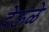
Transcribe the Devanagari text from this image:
देऊळे